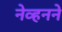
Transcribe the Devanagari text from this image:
नेव्हनने